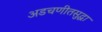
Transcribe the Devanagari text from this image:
अडचणीतसुद्धा